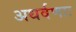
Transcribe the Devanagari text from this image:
अथर्वणाः